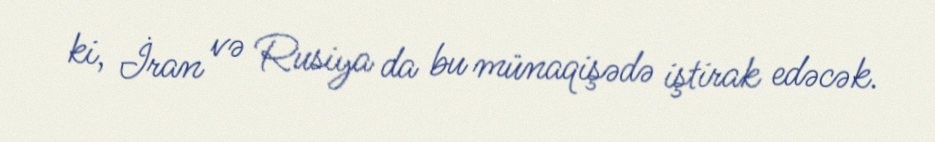
ki, İran və Rusiya da bu münaqişədə iştirak edəcək.